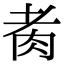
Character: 𦙩